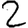
Digit: 2